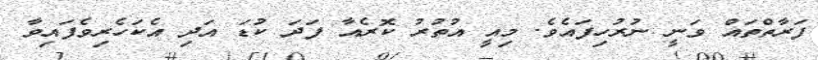
ފަރާތްތައް ވަނީ ނުރުހިފައެވެ. މިއީ އުތުރު ކޮރެއާ ފަދަ ކުޑަ އަދި އެކަހެރިވެފައިވާ